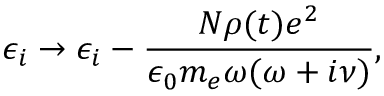
\epsilon _ { i } \to \epsilon _ { i } - \frac { N \rho ( t ) e ^ { 2 } } { \epsilon _ { 0 } m _ { e } \omega ( \omega + i \nu ) } ,